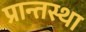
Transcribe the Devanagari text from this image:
प्रान्तस्था